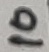
Text: 10